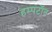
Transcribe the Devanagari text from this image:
हम्पटॉन